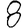
Digit: 8